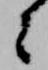
々